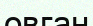
овган